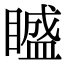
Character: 𥊱